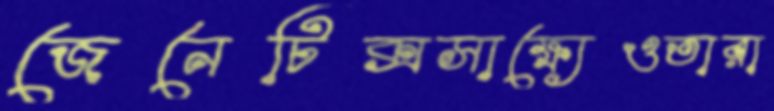
জেনেটিক্সসাক্ষ্যেওতারা